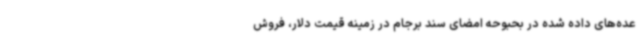
عده‌های داده شده در بحبوحه امضای سند برجام در زمینه قیمت دلار، فروش